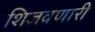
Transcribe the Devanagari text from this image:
शिजवणारी